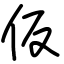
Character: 仮